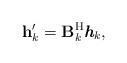
LaTeX: \begin{align*} \textbf{h}'_k = \textbf{B}_{k}^{\rm H}\textit{\textbf{h}}_k,\end{align*}